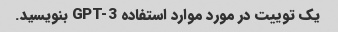
یک توییت در مورد موارد استفاده GPT-3 بنویسید.